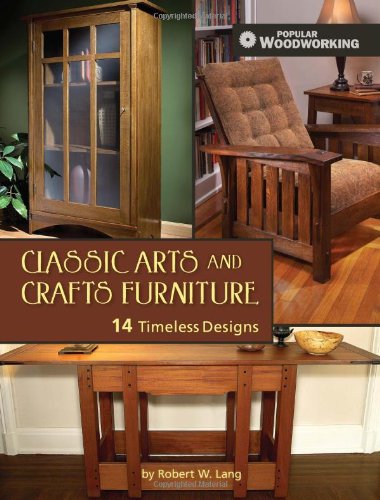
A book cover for Classic Arts and Crafts Furniture: 14 Timeless Designs (Popular Woodworking); Robert W. Lang; Arts & Photography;